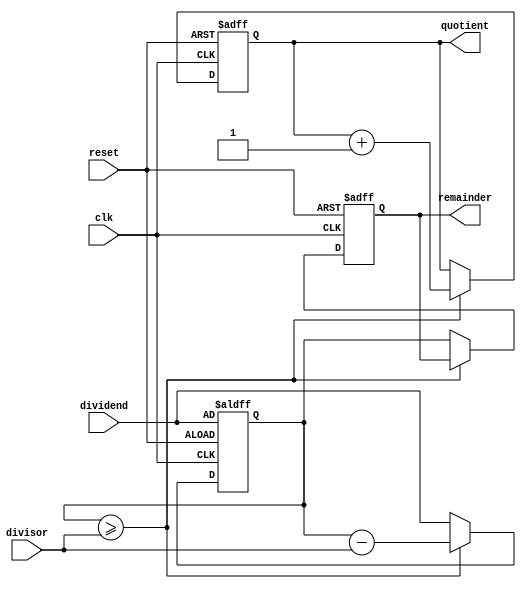
module Counter_Based_Divider (
    input wire clk,
    input wire reset,
    input wire [31:0] dividend,
    input wire [31:0] divisor,
    output reg [31:0] quotient,
    output reg [31:0] remainder
    );

reg [31:0] counter;
reg [31:0] result;

always @ (posedge clk or posedge reset) begin
    if (reset) begin
        counter <= 0;
        result <= dividend;
        quotient <= 0;
        remainder <= 0;
    end else begin
        if (result >= divisor) begin
            result <= result - divisor;
            quotient <= quotient + 1;
        end else begin
            counter <= counter + 1;
            result <= dividend;
            remainder <= result;
        end
    end
end

endmodule